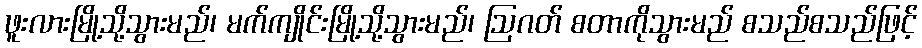
ဖူးလားမြို့သို့သွားမည်၊ မက်ကျိုင်းမြို့သို့သွားမည်၊ ဩဂတ် စတာကိုသွားမည် စသည်စသည်ဖြင့်